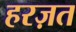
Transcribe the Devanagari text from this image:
हरज़त